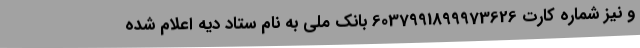
و نیز شماره کارت 6037991899973626 بانک ملی به نام ستاد دیه اعلام شده